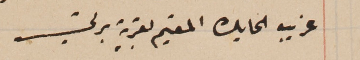
غريب الحايك المقيم بقرية برتي